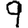
Digit: 9